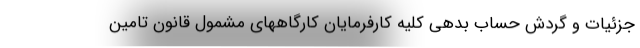
جزئیات و گردش حساب بدهی کلیه کارفرمایان کارگاههای مشمول قانون تامین